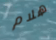
هلام